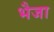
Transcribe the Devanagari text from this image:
भैजा